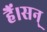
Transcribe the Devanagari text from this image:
हैं।सन्